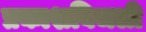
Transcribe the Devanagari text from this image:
प्रकाशबिजली